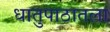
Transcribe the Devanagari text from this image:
धातुपाठातला